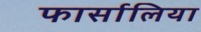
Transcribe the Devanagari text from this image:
फार्सालिया